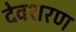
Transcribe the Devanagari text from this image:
देवशरण